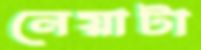
নেয়াটা